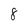
Character: 8